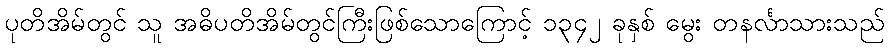
ပုတိအိမ်တွင် သူ အဓိပတိအိမ်တွင်ကြီးဖြစ်သောကြောင့် ၁၃၄၂ ခုနှစ် မွေး တနင်္လာသားသည်